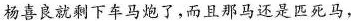
杨喜良就剩下车马炮了，而且那马还是匹死马，